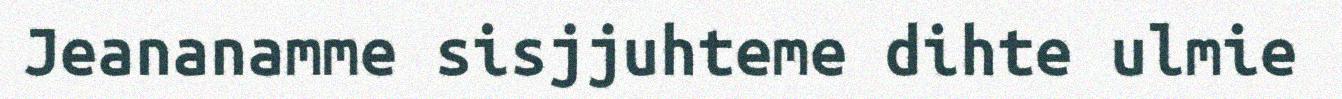
Jeananamme sisjjuhteme dihte ulmie